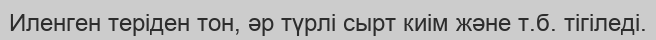
Иленген теріден тон, әр түрлі сырт киім және т.б. тігіледі.